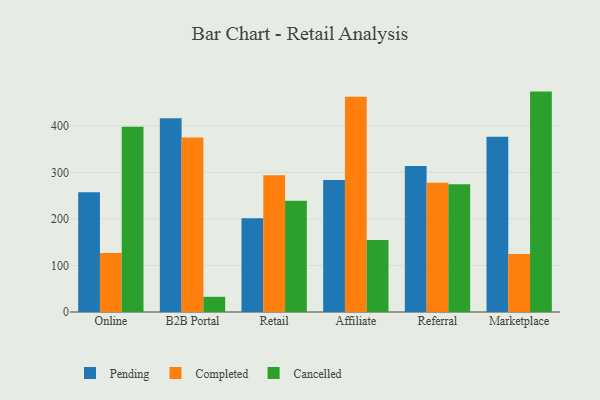
{"axis": {"x": "Channel", "y": "Demand Index"}, "legend": ["Cancelled", "Completed", "Pending"], "data": [{"x": "Online", "y": 257.3, "type": "Pending"}, {"x": "Online", "y": 127.0, "type": "Completed"}, {"x": "Online", "y": 398.0, "type": "Cancelled"}, {"x": "B2B Portal", "y": 416.2, "type": "Pending"}, {"x": "B2B Portal", "y": 375.1, "type": "Completed"}, {"x": "B2B Portal", "y": 32.6, "type": "Cancelled"}, {"x": "Retail", "y": 201.7, "type": "Pending"}, {"x": "Retail", "y": 293.9, "type": "Completed"}, {"x": "Retail", "y": 239.0, "type": "Cancelled"}, {"x": "Affiliate", "y": 283.8, "type": "Pending"}, {"x": "Affiliate", "y": 462.4, "type": "Completed"}, {"x": "Affiliate", "y": 154.8, "type": "Cancelled"}, {"x": "Referral", "y": 313.7, "type": "Pending"}, {"x": "Referral", "y": 277.9, "type": "Completed"}, {"x": "Referral", "y": 274.3, "type": "Cancelled"}, {"x": "Marketplace", "y": 376.5, "type": "Pending"}, {"x": "Marketplace", "y": 124.8, "type": "Completed"}, {"x": "Marketplace", "y": 473.6, "type": "Cancelled"}]}